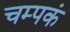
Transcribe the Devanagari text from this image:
चम्पकं